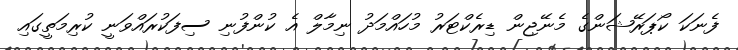
ފެނަކަ ކޯޕަރޭޝަންގެ މެނޭޖިން ޑިރެކްޓަރު މުހައްމަދު ނިމާލް އެ ކުންފުނި ސިފަކުރައްވަނީ ކުރިމަތީގައި